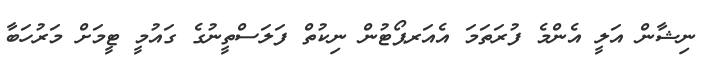
ނިޝާން އަލީ އެންމެ ފުރަތަމަ އެއަރޕޯޓުން ނިކުތް ފަލަސްތީނުގެ ގައުމީ ޓީމަށް މަރުހަބާ